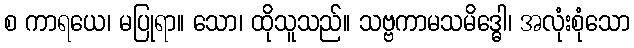
စ ကာရယေ၊ မပြုရာ။ သော၊ ထိုသူသည်။ သဗ္ဗကာမသမိဒ္ဓေါ၊ အလုံးစုံသော